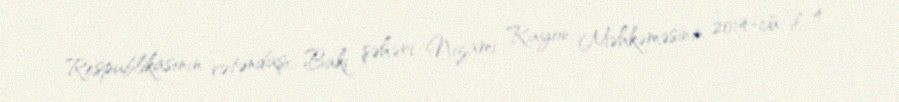
Respublikasının vətəndaşı, Bakı şəhəri Nizami Rayon Məhkəməsinin 2014-cü il 4